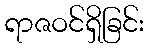
ရာဇဝင်ရှိခြင်း